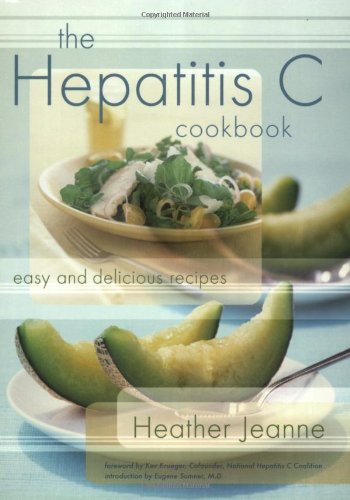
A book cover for The Hepatitis C Cookbook: Easy and Delicious Recipes; Heather Jeanne; Health, Fitness & Dieting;